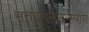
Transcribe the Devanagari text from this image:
सत्ताकालादरम्यान